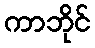
ကာဘိုင်